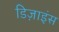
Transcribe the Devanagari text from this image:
डिज़ाइंस